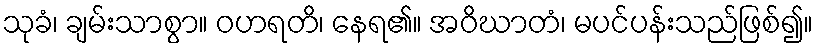
သုခံ၊ ချမ်းသာစွာ။ ဝဟရတိ၊ နေရ၏။ အဝိဃာတံ၊ မပင်ပန်းသည်ဖြစ်၍။